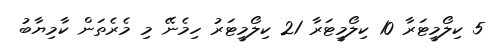
5 ކިލޯމީޓަރާ 10 ކިލޯމީޓަރާ 21 ކިލޯމީޓަރު ހިމެނޭ މި މެރެތަން ކާމިޔާބު